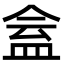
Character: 𥁧